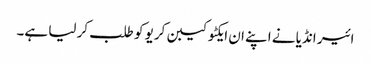
ائیر انڈیا نے اپنے ان ایکٹو کیبن کریو کو طلب کر لیا ہے۔